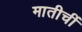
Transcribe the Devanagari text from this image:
मातीचीं